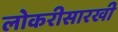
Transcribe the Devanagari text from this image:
लोकरीसारखी